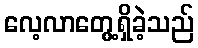
လေ့လာတွေ့ရှိခဲ့သည်